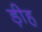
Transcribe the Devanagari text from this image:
ड़ीह